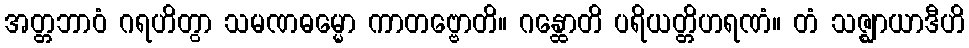
အတ္တဘာဝံ ဂရဟိတွာ သမဏဓမ္မော ကာတဗ္ဗောတိ။ ဂန္ထောတိ ပရိယတ္တိဟရဏံ။ တံ သဇ္ဈာယာဒီဟိ